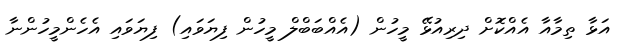
އަޅާ ތިމާއާ އެއްކޮށް ދިރިއުޅޭ މީހުން (އެއްބަބްލް މީހުން ފިޔަވައި) ފިޔަވައި އެހެންމީހުންނާ